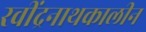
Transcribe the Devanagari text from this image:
रवींद्रनाथकालीन